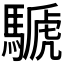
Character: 𩤽